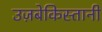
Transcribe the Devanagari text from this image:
उज़बेकिस्तानी